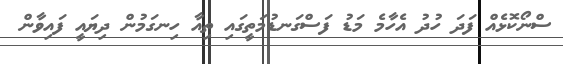
ސްނޯކޮޅެއް ފަދަ ހުދު އެހާމެ މަޑު ފަސްގަނޑުމަތީގައި ތިއާ ހިނގަމުން ދިޔައީ ފައިވާން